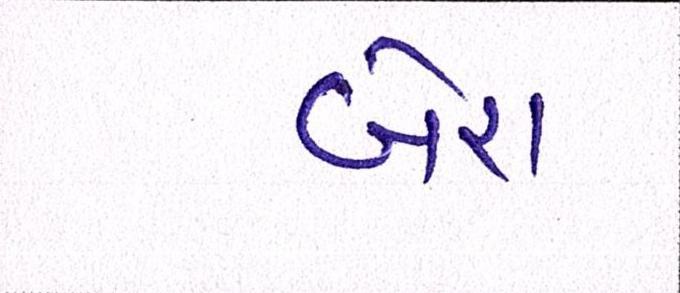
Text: બેરા